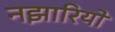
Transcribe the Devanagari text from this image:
नझारियो